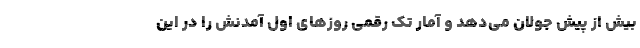
بیش از پیش جولان می‌دهد و آمار تک رقمی روز‌های اول آمدنش را در این